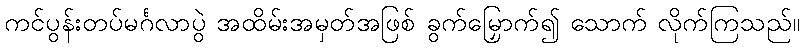
ကင်ပွန်းတပ်မင်္ဂလာပွဲ အထိမ်းအမှတ်အဖြစ် ခွက်မြှောက်၍ သောက် လိုက်ကြသည်။